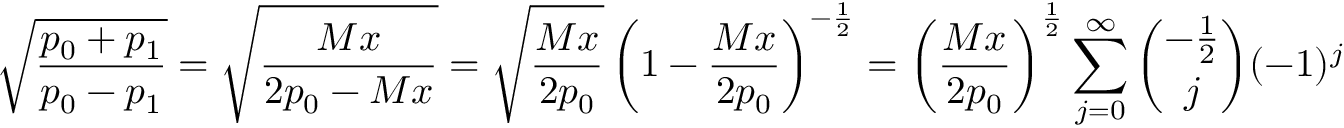
\sqrt { \frac { p _ { 0 } + p _ { 1 } } { p _ { 0 } - p _ { 1 } } } = \sqrt { \frac { M x } { 2 p _ { 0 } - M x } } = \sqrt { \frac { M x } { 2 p _ { 0 } } } \left( 1 - \frac { M x } { 2 p _ { 0 } } \right) ^ { - \frac 1 2 } = \left( \frac { M x } { 2 p _ { 0 } } \right) ^ { \frac 1 2 } \sum _ { j = 0 } ^ { \infty } { \binom { - \frac 1 2 } { j } } ( - 1 ) ^ { j } \left( \frac { M x } { 2 p _ { 0 } } \right) ^ { j }